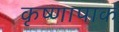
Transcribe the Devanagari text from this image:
कृष्णापाक